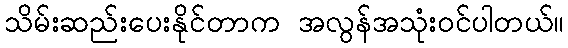
သိမ်းဆည်းပေးနိုင်တာက အလွန်အသုံးဝင်ပါတယ်။